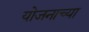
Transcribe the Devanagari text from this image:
योजनाच्या